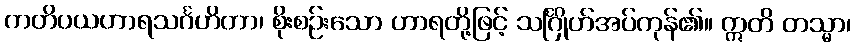
ကတိပယဟာရသင်္ဂဟိတာ၊ စိုးစဉ်းသော ဟာရတို့ဖြင့် သင်္ဂြိုဟ်အပ်ကုန်၏။ ဣတိ တသ္မာ၊